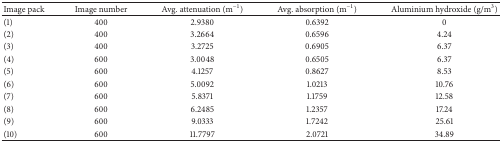
| Image pack | Image number | Avg. attenuation (m−1) | Avg. absorption (m−1) | Aluminium hydroxide (g/m3) |
 | --- | --- | --- | --- | --- |
 | (1) | 400 | 2.9380 | 0.6392 | 0 |
 | (2) | 400 | 3.2664 | 0.6596 | 4.24 |
 | (3) | 400 | 3.2725 | 0.6905 | 6.37 |
 | (4) | 600 | 3.0048 | 0.6505 | 6.37 |
 | (5) | 600 | 4.1257 | 0.8627 | 8.53 |
 | (6) | 600 | 5.0092 | 1.0213 | 10.76 |
 | (7) | 600 | 5.8371 | 1.1759 | 12.58 |
 | (8) | 600 | 6.2485 | 1.2357 | 17.24 |
 | (9) | 600 | 9.0333 | 1.7242 | 25.61 |
 | (10) | 600 | 11.7797 | 2.0721 | 34.89 |